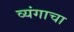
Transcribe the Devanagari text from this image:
व्यंगाचा